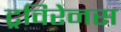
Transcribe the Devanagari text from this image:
ट्रविरेनस